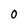
Character: 0